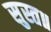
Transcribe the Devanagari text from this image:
सुस्त॥